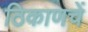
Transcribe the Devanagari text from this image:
ठिकाणचें